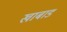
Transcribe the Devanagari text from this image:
खाबाड